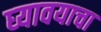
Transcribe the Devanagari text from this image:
घ्‍यावयाचा